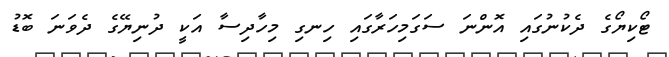
ޓޯކިޔޯގެ ދެކުނުގައި އޮންނަ ސަގަމިހަރާގައި ހިނގި މިހާދިސާ އަކީ ދުނިޔޭގެ ދެވަނަ ބޮޑު